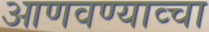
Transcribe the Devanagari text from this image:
आणवण्याव्चा